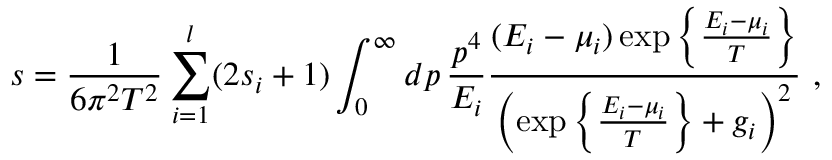
s = { \frac { 1 } { 6 \pi ^ { 2 } T ^ { 2 } } } \sum _ { i = 1 } ^ { l } ( 2 s _ { i } + 1 ) \int _ { 0 } ^ { \infty } d p \, { \frac { p ^ { 4 } } { E _ { i } } } { \frac { ( E _ { i } - \mu _ { i } ) \exp \left\{ { \frac { E _ { i } - \mu _ { i } } { T } } \right\} } { \left( \exp \left\{ { \frac { E _ { i } - \mu _ { i } } { T } } \right\} + g _ { i } \right) ^ { 2 } } } \ ,